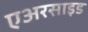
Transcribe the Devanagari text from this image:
एअरसाइड